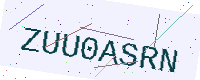
Text: ZUU0ASRN